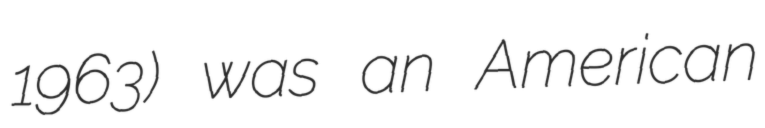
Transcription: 1963) was an American